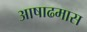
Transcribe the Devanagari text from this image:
अाषाढमास